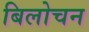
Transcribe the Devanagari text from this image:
बिलोचन